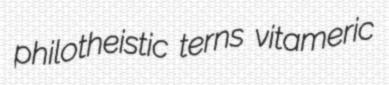
philotheistic terns vitameric